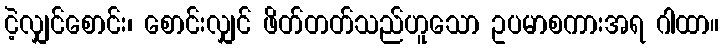
ငဲ့လျှင်စောင်း၊ စောင်းလျှင် ဖိတ်တတ်သည်ဟူသော ဥပမာစကားအရ ဂါထာ။